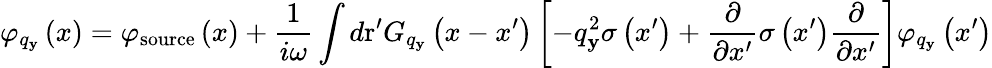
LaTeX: {{\varphi}_{{{q}_{\mathbf{y}}}}}\left(x\right)={{\varphi}_{\mathrm{{source}}}}\left(x\right)+\frac{{1}}{{i\omega}}\int{d\mathrm{{{r}^{\prime}}}{{G}_{{{q}_{\mathbf{y}}}}}\left(x-{x}^{\prime}\right)\left[-q_{\mathbf{y}}^{2}\sigma\left({{x}^{\prime}}\right)+\frac{{\partial}}{{\partial{x}^{\prime}}}\sigma\left({{x}^{\prime}}\right)\frac{{\partial}}{{\partial{x}^{\prime}}}\right]{{\varphi}_{{{q}_{\mathbf{y}}}}}\left({{x}^{\prime}}\right)}